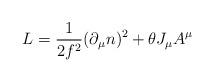
LaTeX: \begin{align*}L = {1\over {2{f}^{2}}} (\partial_{\mu}n)^{2} + \theta J_{{\mu}} A^{\mu}\end{align*}